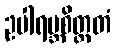
ဥပါရမ္ဘစိတ္တတံ